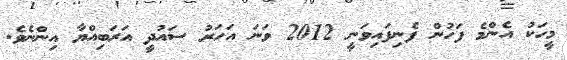
މީހަކު އެންމެ ފަހުން ފެނިފައިވަނީ 2012 ވަނަ އަހަރު ސައުދީ އަރަބިއްޔާ އިންނެވެ.